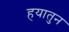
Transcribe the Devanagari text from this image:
हयातुन